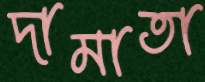
দামাতা